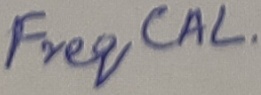
Text: Freq CAL.